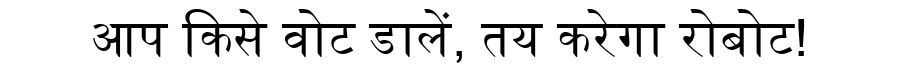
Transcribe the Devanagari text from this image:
आप किसे वोट डालें, तय करेगा रोबोट!